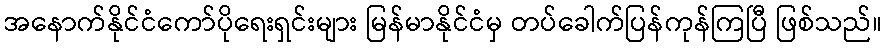
အနောက်နိုင်ငံကော်ပိုရေးရှင်းများ မြန်မာနိုင်ငံမှ တပ်ခေါက်ပြန်ကုန်ကြပြီ ဖြစ်သည်။